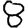
Digit: 8